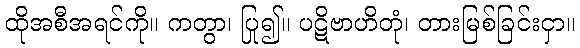
ထိုအစီအရင်ကို။ ကတွာ၊ ပြု၍။ ပဋိဗာဟိတုံ၊ တားမြစ်ခြင်းငှာ။